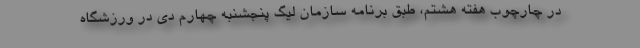
در چارچوب هفته هشتم، طبق برنامه سازمان لیگ پنجشنبه چهارم دی در ورزشگاه